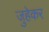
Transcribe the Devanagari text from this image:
जुहेकर